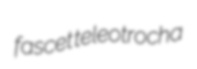
fascet teleotrocha